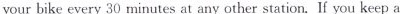
your bike every 30 minutes at any other station. If you keep a